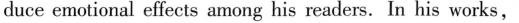
duce emotional effects among his readers. In his works,